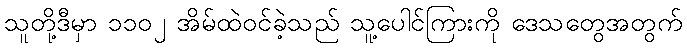
သူတို့ဒီမှာ ၁၁၀၂ အိမ်ထဲဝင်ခဲ့သည် သူ့ပေါင်ကြားကို ဒေသတွေအတွက်